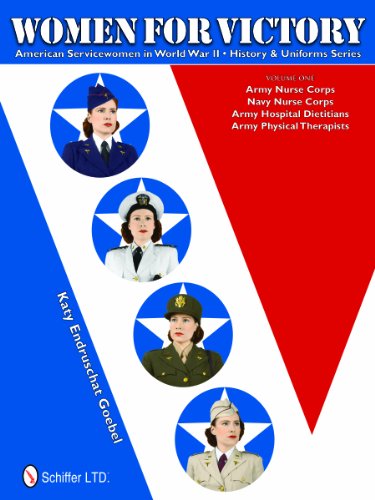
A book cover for Women for Victory: American Servicewomen in World War II History and Uniforms; Katy Endruschat Goebel; History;